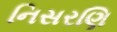
નિસરણિ